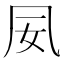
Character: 𫥟